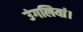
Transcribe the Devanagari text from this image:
उंगलियां।